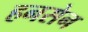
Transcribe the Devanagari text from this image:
हनसेन